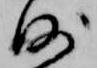
沙